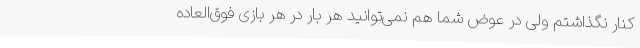
کنار نگذاشتم ولی در عوض شما هم نمی‌توانید هر بار در هر بازی فوق‌العاده